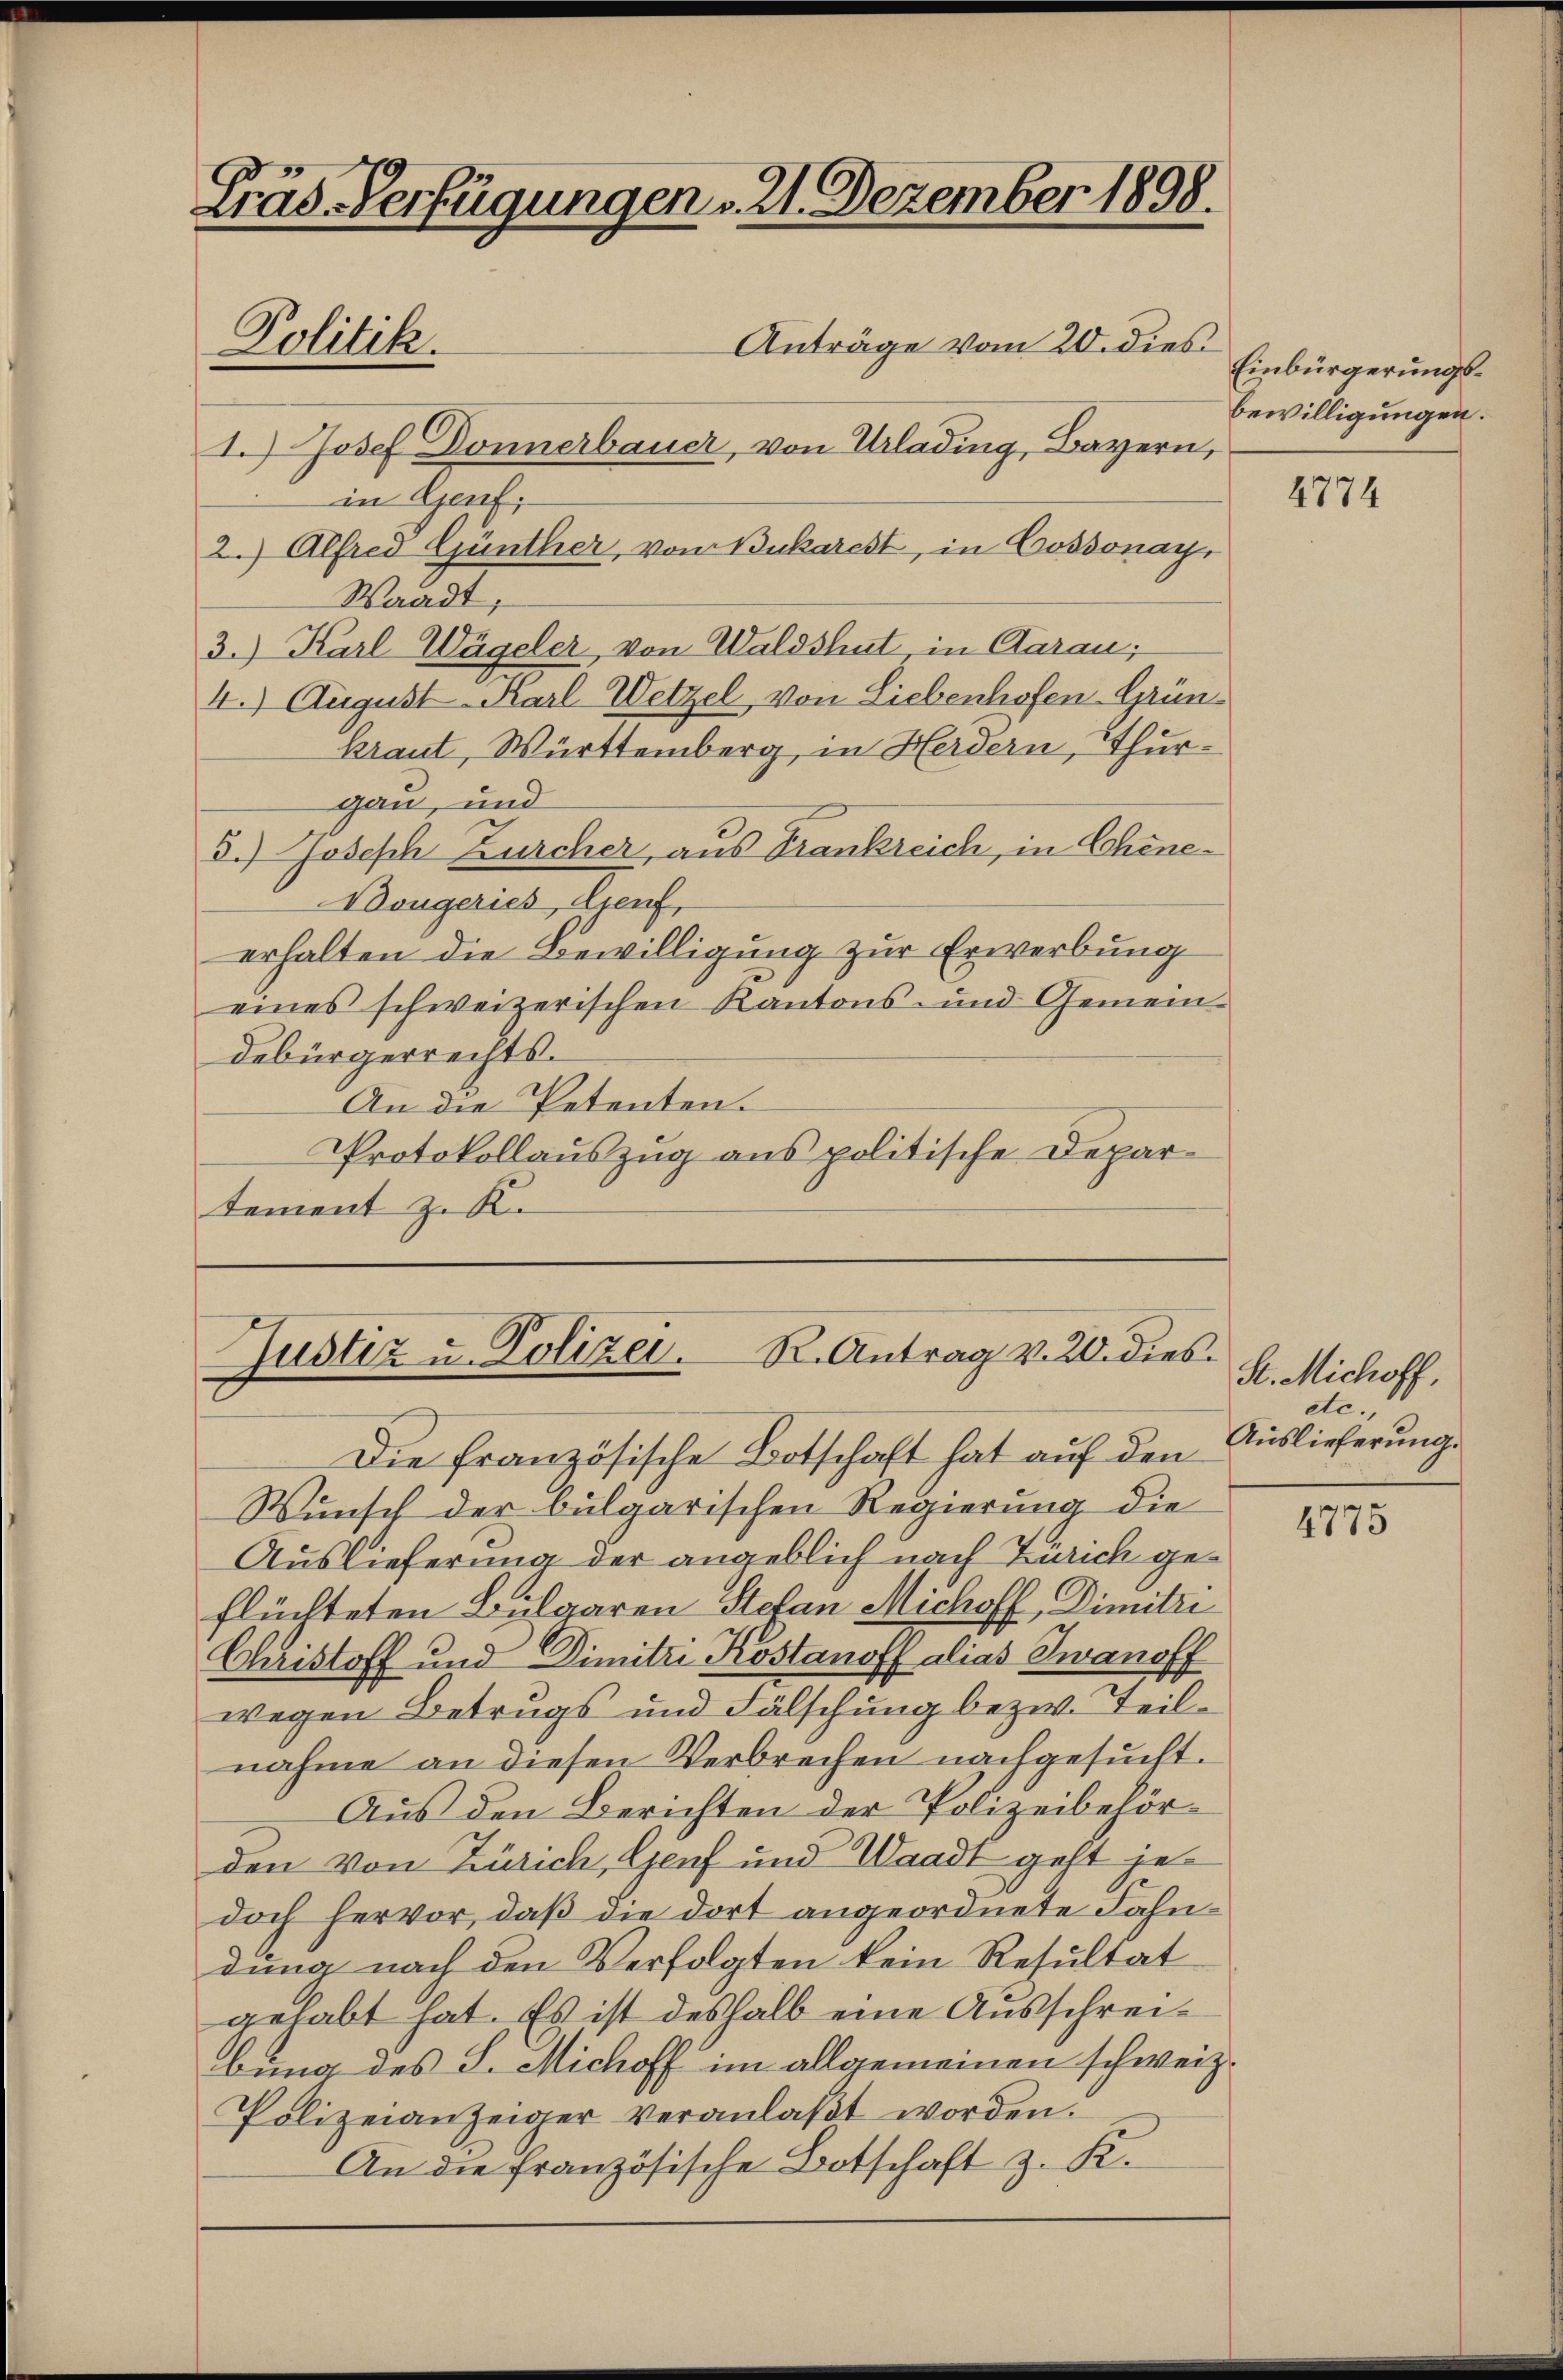
Fräs-Verfügungen v. 21. Dezember 1898.
Politik.
Anträge vom 20. dies

in Gent;
2.) Alfred Günther, von Bukarest, in Cossonay,
Waadt;
3.) Karl Wägeler, von Waldshut in Aarau,
4.) August-Karl Wetzel, von Liebenhofen-Grünkraut, Württemberg, in Herdern, Thurgau, und
5.) Joseph Zürcher, aus Frankreich, in Schene¬
Dougeries, Genf,
erhalten die Bewilligung zur Erwerbung
eines schweizerischen Kantons- und Gemein-
debürgerrechts.
An die Petenten.
Protokollauszug aus politische Depar-
tement z. K.

I.) Josef Donnerbauer, von Urlading, Bayern,

R. Antrag v. 20. dies
Justiz u. Polizei.

flüchteten Bulgaren Stefan Michoff, Dimitri
Christoff und Dimitzi Kostanoff alias Zwanoff
wegen Betrugs und Fälschung bezw. Teilnahme an diesen Verbrechen nachgesucht.
Aus den Berichten der Polizeibehörden von Zürich, Genf und Waadt geht jet
doch hervor, daß die dort angeordnete Fahndung nach den Verfolgten kein Resultat
gehabt hat. Es ist deshalb eine Ausschreidung des S. Michoff im allgemeinen schweiz.
Polizeianzeiger veranlaßt worden.
An die französische Botschaft z. K.

Die französische Botschaft hat auf den
Wunsch der bulgarischen Regierung die
Auslieferung der angeblich nach Zürich ge¬

Einbürgerungs¬
Bewilligungen.

4774

St. Michoff,
dc.,
Auslieferung.

4775